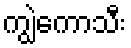
ကျွဲကောသီး